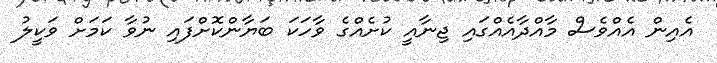
އެއިން އެއްވެސް މާއްދާއެއްގައި ޖިނާއީ ކުށެއްގެ ވާހަކަ ބަޔާންކޮށްފައި ނުވާ ކަމަށް ވަކީލު